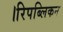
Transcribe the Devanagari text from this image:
।रिपब्लिकन